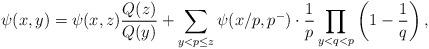
LaTeX: \begin{align*}\psi(x,y)=\psi(x,z)\frac{Q(z)}{Q(y)}+\sum_{y<p\le z}\psi(x/p,p^-)\cdot\frac{1}{p}\prod_{y<q<p}\left(1-\frac{1}{q}\right),\end{align*}